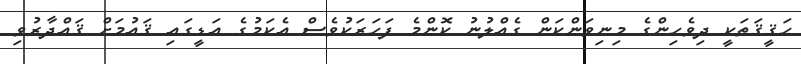
ޙަޤީޤަތަކީ ދިވެހިންގެ މިނިވަންކަން ގެއްލުނު ކޮންމެ ފަހަރަކުވެސް އެކަމުގެ އަޑީގައި ޤައުމަށް ޤައްދާރުވި